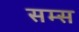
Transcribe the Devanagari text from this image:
सम्स